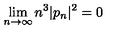
\lim _ { n \rightarrow \infty } n ^ { 3 } | p _ { n } | ^ { 2 } = 0